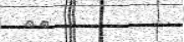
٥٣